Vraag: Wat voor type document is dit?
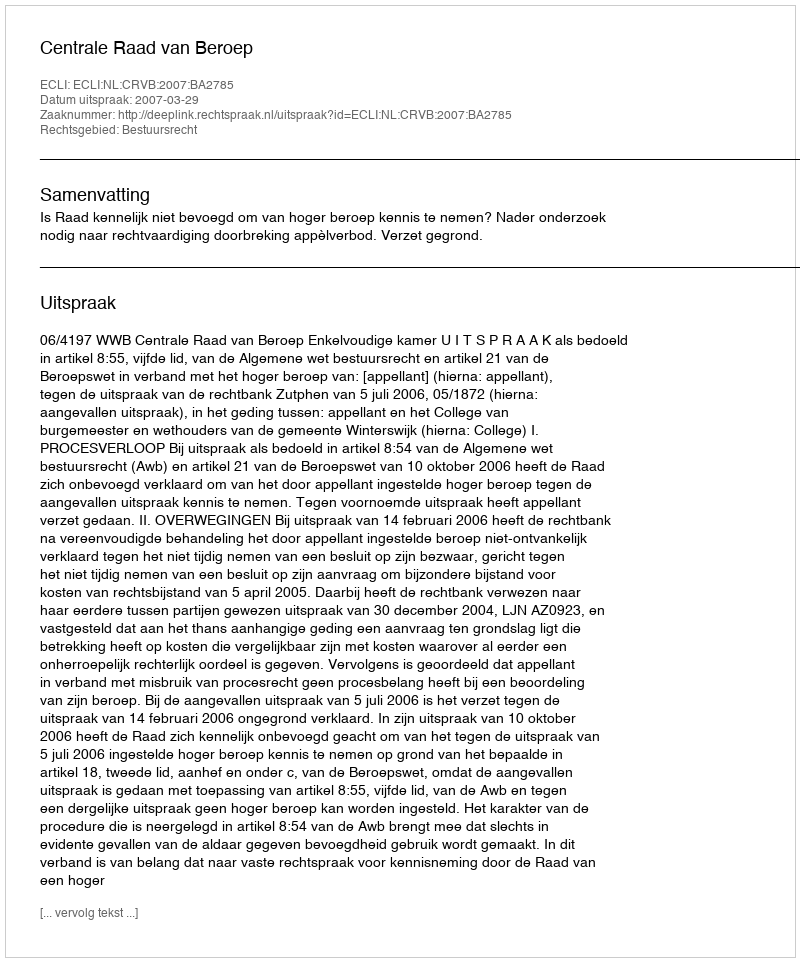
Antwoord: Uitspraak